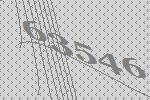
63546